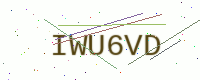
Text: IWU6VD